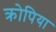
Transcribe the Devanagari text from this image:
क्रोपिया